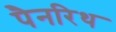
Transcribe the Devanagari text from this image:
पैनरिथ